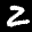
Label: 2